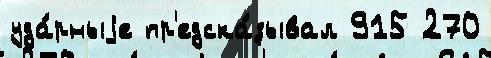
уда́рныjе пр'едска́зывал 915 270